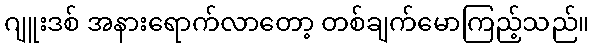
ဂျူးဒစ် အနားရောက်လာတော့ တစ်ချက်မောကြည့်သည်။